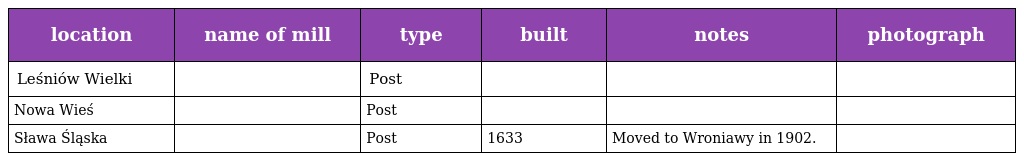
| location | name of mill | type | built | notes | photograph |
 | --- | --- | --- | --- | --- | --- |
 | Leśniów Wielki |  | Post |  |  |  |
 | Nowa Wieś |  | Post |  |  |  |
 | Sława Śląska |  | Post | 1633 | Moved to Wroniawy in 1902. |  |